Civil Veterinary Dept. Bombay admin report 1893-99 - 1893-1899
Year: 1893
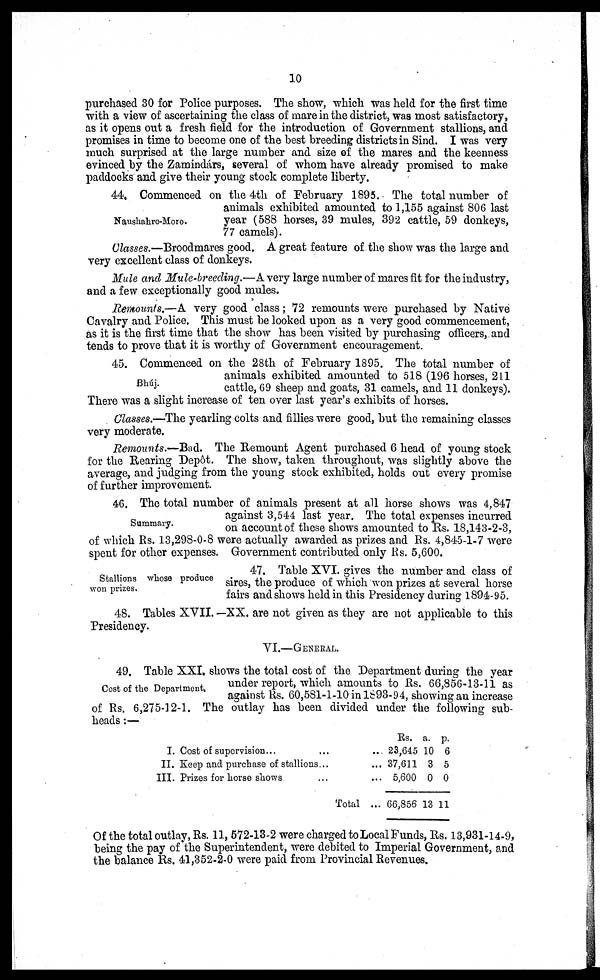
10
purchased 30 for Police purposes. The show, which was held for the first time
with a view of ascertaining the class of mare in the district, was most satisfactory,
as it opens out a fresh field for the introduction of Government stallions, and
promises in time to become one of the best breeding districts in Sind. I was very
much surprised at the large number and size of the mares and the keenness
evinced by the Zamindárs, several of whom have already promised to make
paddocks and give their young stock complete liberty.
Naushahro-Moro.
44. Commenced on the 4th of February 1895. The total number of
animals exhibited amounted to 1,155 against 806 last
year (588 horses, 39 mules, 392 cattle, 59 donkeys,
77 camels).
Classes.—Broodmares good. A great feature of the show was the large and
very excellent class of donkeys.
Mule and Mule-breeding.—A very large number of mares fit for the industry,
and a few exceptionally good mules.
Remounts.—A very good class; 72 remounts were purchased by Native
Cavalry and Police. This must be looked upon as a very good commencement,
as it is the first time that the show has been visited by purchasing officers, and
tends to prove that it is worthy of Government encouragement.
Bhúj.
45. Commenced on the 28th of February 1895. The total number of
animals exhibited amounted to 518 (196 horses, 211
cattle, 69 sheep and goats, 31 camels, and 11 donkeys).
There was a slight increase of ten over last year's exhibits of horses.
Classes.—The yearling colts and fillies were good, but the remaining classes
very moderate.
Remounts.—Bad. The Remount Agent purchased 6 head of young stock
for the Rearing Depôt. The show, taken throughout, was slightly above the
average, and judging from the young stock exhibited, holds out every promise
of further improvement.
Summary.
46. The total number of animals present at all horse shows was 4,847
against 3,544 last year. The total expenses incurred
on account of these shows amounted to Rs. 18,143-2-3,
of which Rs. 13,298-0-8 were actually awarded as prizes and Rs. 4,845-1-7 were
spent for other expenses. Government contributed only Rs. 5,600.
Stallions whose produce
won prizes.
47. Table XVI. gives the number and class of
sires, the produce of which won prizes at several horse
fairs and shows held in this Presidency during 1894-95.
48. Tables XVII. —XX. are not given as they are not applicable to this
Presidency.
VI.—GENERAL.
Cost of the Department.
49. Table XXI. shows the total cost of the Department during the year
under report, which amounts to Rs. 66,856-13-11 as
against Rs. 60,581-1-10 in 1893-94, showing an increase
of Rs. 6,275-12-1. The outlay has been divided under the following sub-
heads :—
I. Cost of supervision ... ...
II. Keep and purchase of stallions... ...
III. Prizes for horse shows ... ...
Total ...
Rs.
23,645
37,611
5,600
66,856
a.
10
3
0
13
p.
6
5
0
11
Of the total outlay, Rs. 11,572-13-2 were charged to Local Funds, Rs. 13,931-14-9,
being the pay of the Superintendent, were debited to Imperial Government, and
the balance Rs. 41,352-2-0 were paid from Provincial Revenues.